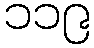
၁၁၉